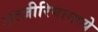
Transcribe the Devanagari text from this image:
अल्जीरियामध्ये